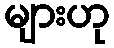
များဟု